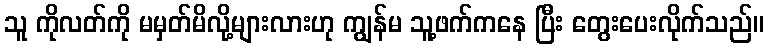
သူ ကိုလတ်ကို မမှတ်မိလို့များလားဟု ကျွန်မ သူ့ဖက်ကနေ ပြီး တွေးပေးလိုက်သည်။